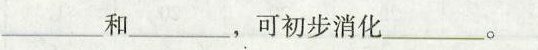
___和___，可初步消化___。